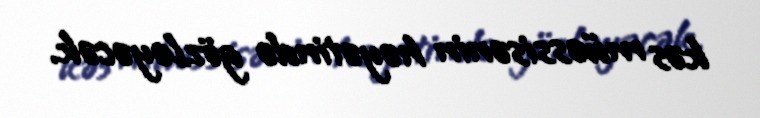
kəs müəssisənin həyətində gözləyəcək.